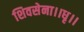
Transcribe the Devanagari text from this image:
शिवसेना।।धृ।।